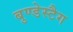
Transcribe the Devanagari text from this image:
बुण्डेस्टैग